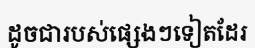
ដូចជារបស់ផ្សេងៗទៀតដែរ